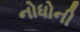
નોધોની